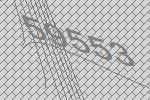
59553